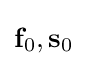
\mathbf {f} _{0},\mathbf {s} _{0}